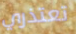
تعتذري